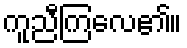
ကူညီကြလေ၏။